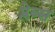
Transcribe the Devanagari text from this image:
प्लेब्स